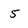
Character: 5